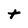
Character: t